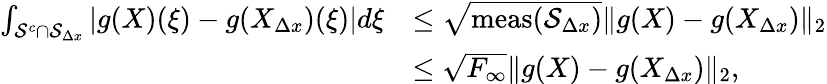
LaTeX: \begin{array}{rl}{\int_{\mathcal{S}^{c}\cap\mathcal{S}_{\Delta x}}\left|g(X)(\xi)-g(X_{\Delta x})(\xi)\right|d\xi}&{\leq\sqrt{\mathrm{meas}\! \left(\mathcal{S}_{\Delta x}\right)}\| g(X)-g(X_{\Delta x})\| _{2}}\\ &{\leq\sqrt{F_{\infty}}\| g(X)-g(X_{\Delta x})\| _{2},}\end{array}